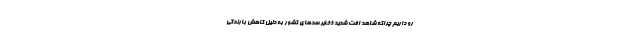
رو داریم چراکه شاهد افت شدید ذخایر سدهای کشور به دلیل کاهش بارندگی